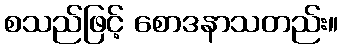
စသည်ဖြင့် စောဒနာသတည်း။